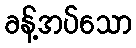
ခန့်အပ်သော